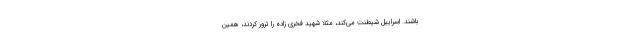
باشند. اسراییل شیطنت می‌کند، مثلا شهید فخری زاده را ترور کردند، همین